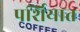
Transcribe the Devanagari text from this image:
पर्शियात